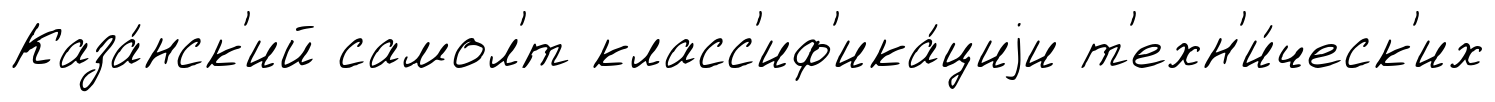
Каза́нск'ий самол'́т класс'иф'ика́циjи т'ехн'и́ческ'их